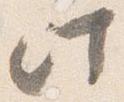
此